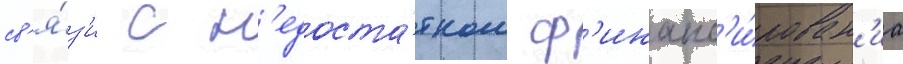
св'я́з'и с н'едоста́тком ф'инанс'и́рован'иа